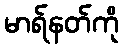
မာရ်နတ်ကို